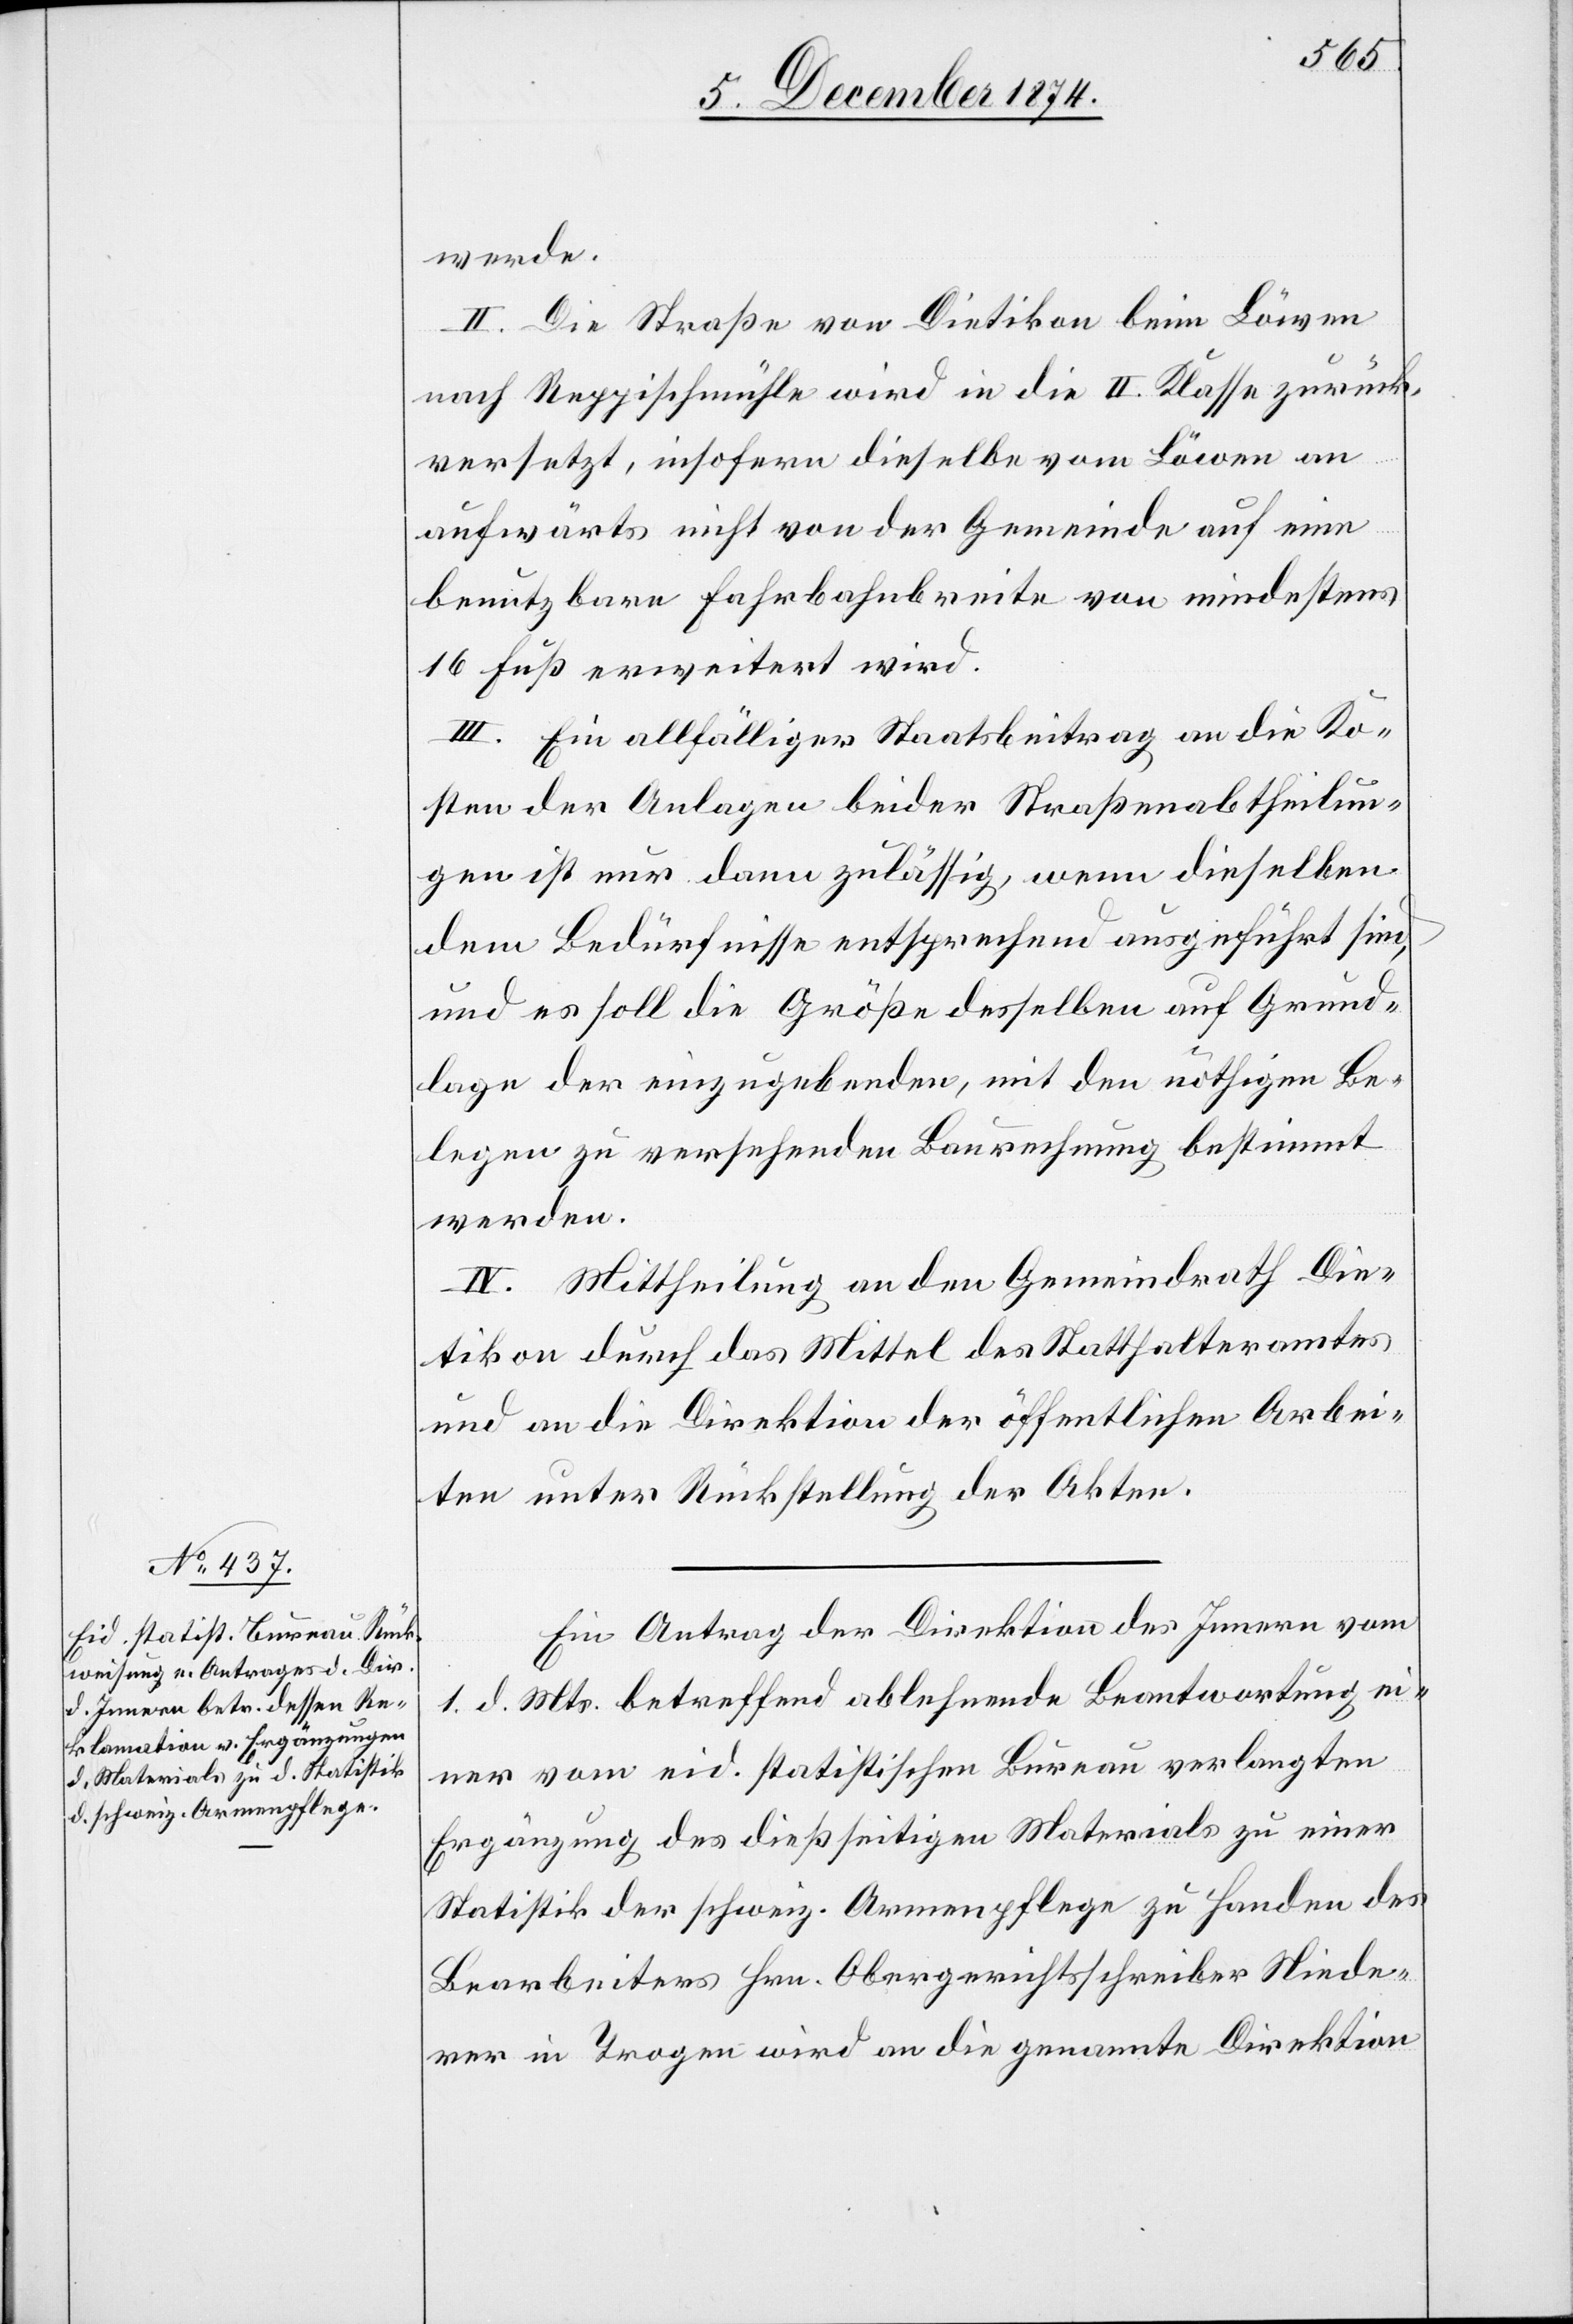
werde.
II. Die Straße von Dietikon beim Löwen
nach Reppischmühle wird in die II. Klasse zurück¬
versetzt, insofern dieselbe vom Löwen an
aufwärts nicht von der Gemeinde auf eine
benutzbare Fahrbahnbreite von mindestens
16 Fuß erweitert wird.
III. Ein allfälliger Staatsbeitrag an die Ko¬
sten der Anlagen beider Straßenabtheilun¬
gen ist nur dann zulässig, wenn dieselben
dem Bedürfnisse entsprechend ausgeführt sind,
und es solle die Größe desselben auf Grund¬
lage der einzugebenden, mit den nöthigen Be¬
legen zu versehenden Baurechnung bestimmt
werden.
IV. Mittheilung an den Gemeindrath Die¬
tikon durch das Mittel des Statthalteramtes
und an die Direktion der öffentlichen Arbei¬
ten unter Rückstellung der Akten.
Ein Antrag der Direktion des Innern vom
1. d. Mts. betreffend ablehnende Beantwortung ei¬
ner vom eid. statistischen Bureau verlangten
Ergänzung des dießseitigen Materials zu einer
Statistik der schweiz. Armenpflege zu Handen des
Bearbeiters Hrn. Obergerichtsschreiber Niede¬
rer in Trogen wird an die genannte Direktion